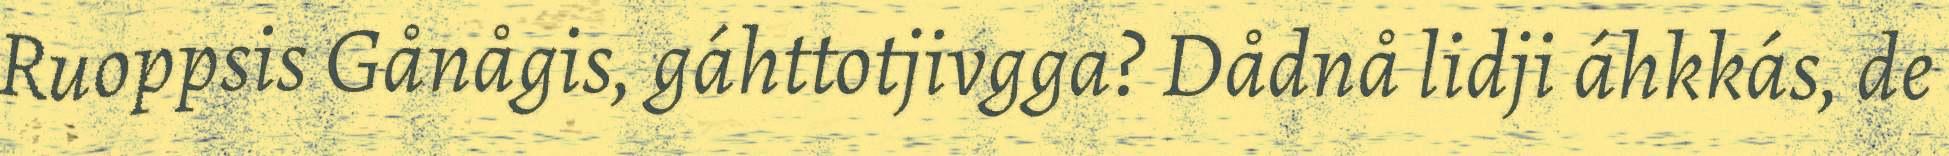
Ruoppsis Gånågis, gáhttotjivgga? Dådnå lidji áhkkás, de